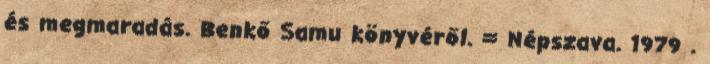
és megmaradás. Benkő Samu könyvéről. = Népszava. 1979 .